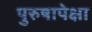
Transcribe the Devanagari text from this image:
पुरुषापेक्षा